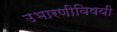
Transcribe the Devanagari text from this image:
उभारणीविषयी